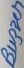
Text: Buzzer